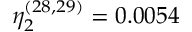
\eta _ { 2 } ^ { ( 2 8 , 2 9 ) } = 0 . 0 0 5 4